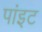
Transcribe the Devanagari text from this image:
पांइट